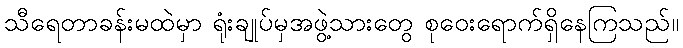
သီရေတာခန်းမထဲမှာ ရုံးချုပ်မှအဖွဲ့သားတွေ စုဝေးရောက်ရှိနေကြသည်။